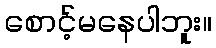
စောင့်မနေပါဘူး။